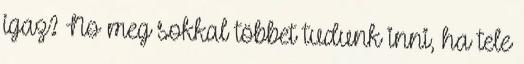
igaz? No meg sokkal többet tudunk inni, ha tele